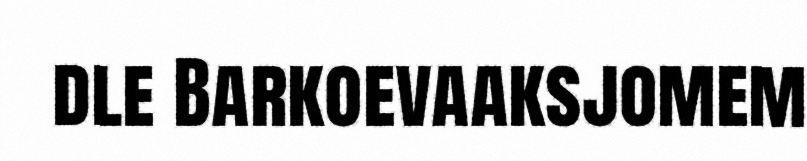
dle Barkoevaaksjomem